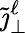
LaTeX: \tilde{\jmath}_{\perp}^{\ell}